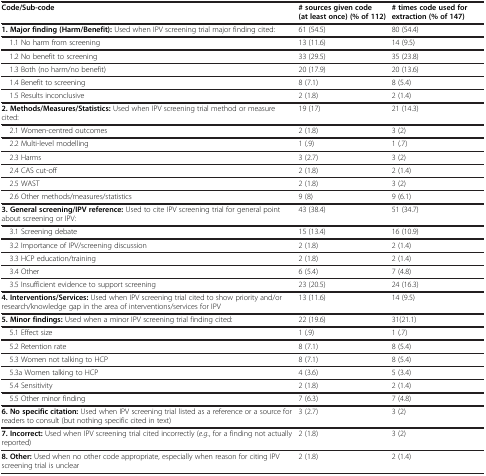
<table><thead><tr><td><b>Code/Sub-code</b></td><td><b># sources given code (at least once) (% of 112)</b></td><td><b># times code used for extraction (% of 147)</b></td></tr></thead><tbody><tr><td><b>1. Major finding (Harm/Benefit):</b> Used when IPV screening trial major finding cited:</td><td>61 (54.5)</td><td>80 (54.4)</td></tr><tr><td> 1.1 No harm from screening</td><td>13 (11.6)</td><td>14 (9.5)</td></tr><tr><td> 1.2 No benefit to screening</td><td>33 (29.5)</td><td>35 (23.8)</td></tr><tr><td> 1.3 Both (no harm/no benefit)</td><td>20 (17.9)</td><td>20 (13.6)</td></tr><tr><td> 1.4 Benefit to screening</td><td>8 (7.1)</td><td>8 (5.4)</td></tr><tr><td> 1.5 Results inconclusive</td><td>2 (1.8)</td><td>2 (1.4)</td></tr><tr><td><b>2. Methods/Measures/Statistics:</b> Used when IPV screening trial method or measure cited:</td><td>19 (17)</td><td>21 (14.3)</td></tr><tr><td> 2.1 Women-centred outcomes</td><td>2 (1.8)</td><td>3 (2)</td></tr><tr><td> 2.2 Multi-level modelling</td><td>1 (.9)</td><td>1 (.7)</td></tr><tr><td> 2.3 Harms</td><td>3 (2.7)</td><td>3 (2)</td></tr><tr><td> 2.4 CAS cut-off</td><td>2 (1.8)</td><td>2 (1.4)</td></tr><tr><td> 2.5 WAST</td><td>2 (1.8)</td><td>3 (2)</td></tr><tr><td> 2.6 Other methods/measures/statistics</td><td>9 (8)</td><td>9 (6.1)</td></tr><tr><td><b>3. General screening/IPV reference:</b> Used to cite IPV screening trial for general point about screening or IPV:</td><td>43 (38.4)</td><td>51 (34.7)</td></tr><tr><td> 3.1 Screening debate</td><td>15 (13.4)</td><td>16 (10.9)</td></tr><tr><td> 3.2 Importance of IPV/screening discussion</td><td>2 (1.8)</td><td>2 (1.4)</td></tr><tr><td> 3.3 HCP education/training</td><td>2 (1.8)</td><td>2 (1.4)</td></tr><tr><td> 3.4 Other</td><td>6 (5.4)</td><td>7 (4.8)</td></tr><tr><td> 3.5 Insufficient evidence to support screening</td><td>23 (20.5)</td><td>24 (16.3)</td></tr><tr><td><b>4. Interventions/Services:</b> Used when IPV screening trial cited to show priority and/or research/knowledge gap in the area of interventions/services for IPV</td><td>13 (11.6)</td><td>14 (9.5)</td></tr><tr><td><b>5. Minor findings:</b> Used when a minor IPV screening trial finding cited:</td><td>22 (19.6)</td><td>31(21.1)</td></tr><tr><td> 5.1 Effect size</td><td>1 (.9)</td><td>1 (.7)</td></tr><tr><td> 5.2 Retention rate</td><td>8 (7.1)</td><td>8 (5.4)</td></tr><tr><td> 5.3 Women not talking to HCP</td><td>8 (7.1)</td><td>8 (5.4)</td></tr><tr><td> 5.3a Women talking to HCP</td><td>4 (3.6)</td><td>5 (3.4)</td></tr><tr><td> 5.4 Sensitivity</td><td>2 (1.8)</td><td>2 (1.4)</td></tr><tr><td> 5.5 Other minor finding</td><td>7 (6.3)</td><td>7 (4.8)</td></tr><tr><td><b>6. No specific citation:</b> Used when IPV screening trial listed as a reference or a source for readers to consult (but nothing specific cited in text)</td><td>3 (2.7)</td><td>3 (2)</td></tr><tr><td><b>7. Incorrect:</b> Used when IPV screening trial cited incorrectly (<i>e.g.</i>, for a finding not actually reported)</td><td>2 (1.8)</td><td>3 (2)</td></tr><tr><td><b>8. Other:</b> Used when no other code appropriate, especially when reason for citing IPV screening trial is unclear</td><td>2 (1.8)</td><td>2 (1.4)</td></tr></tbody></table>